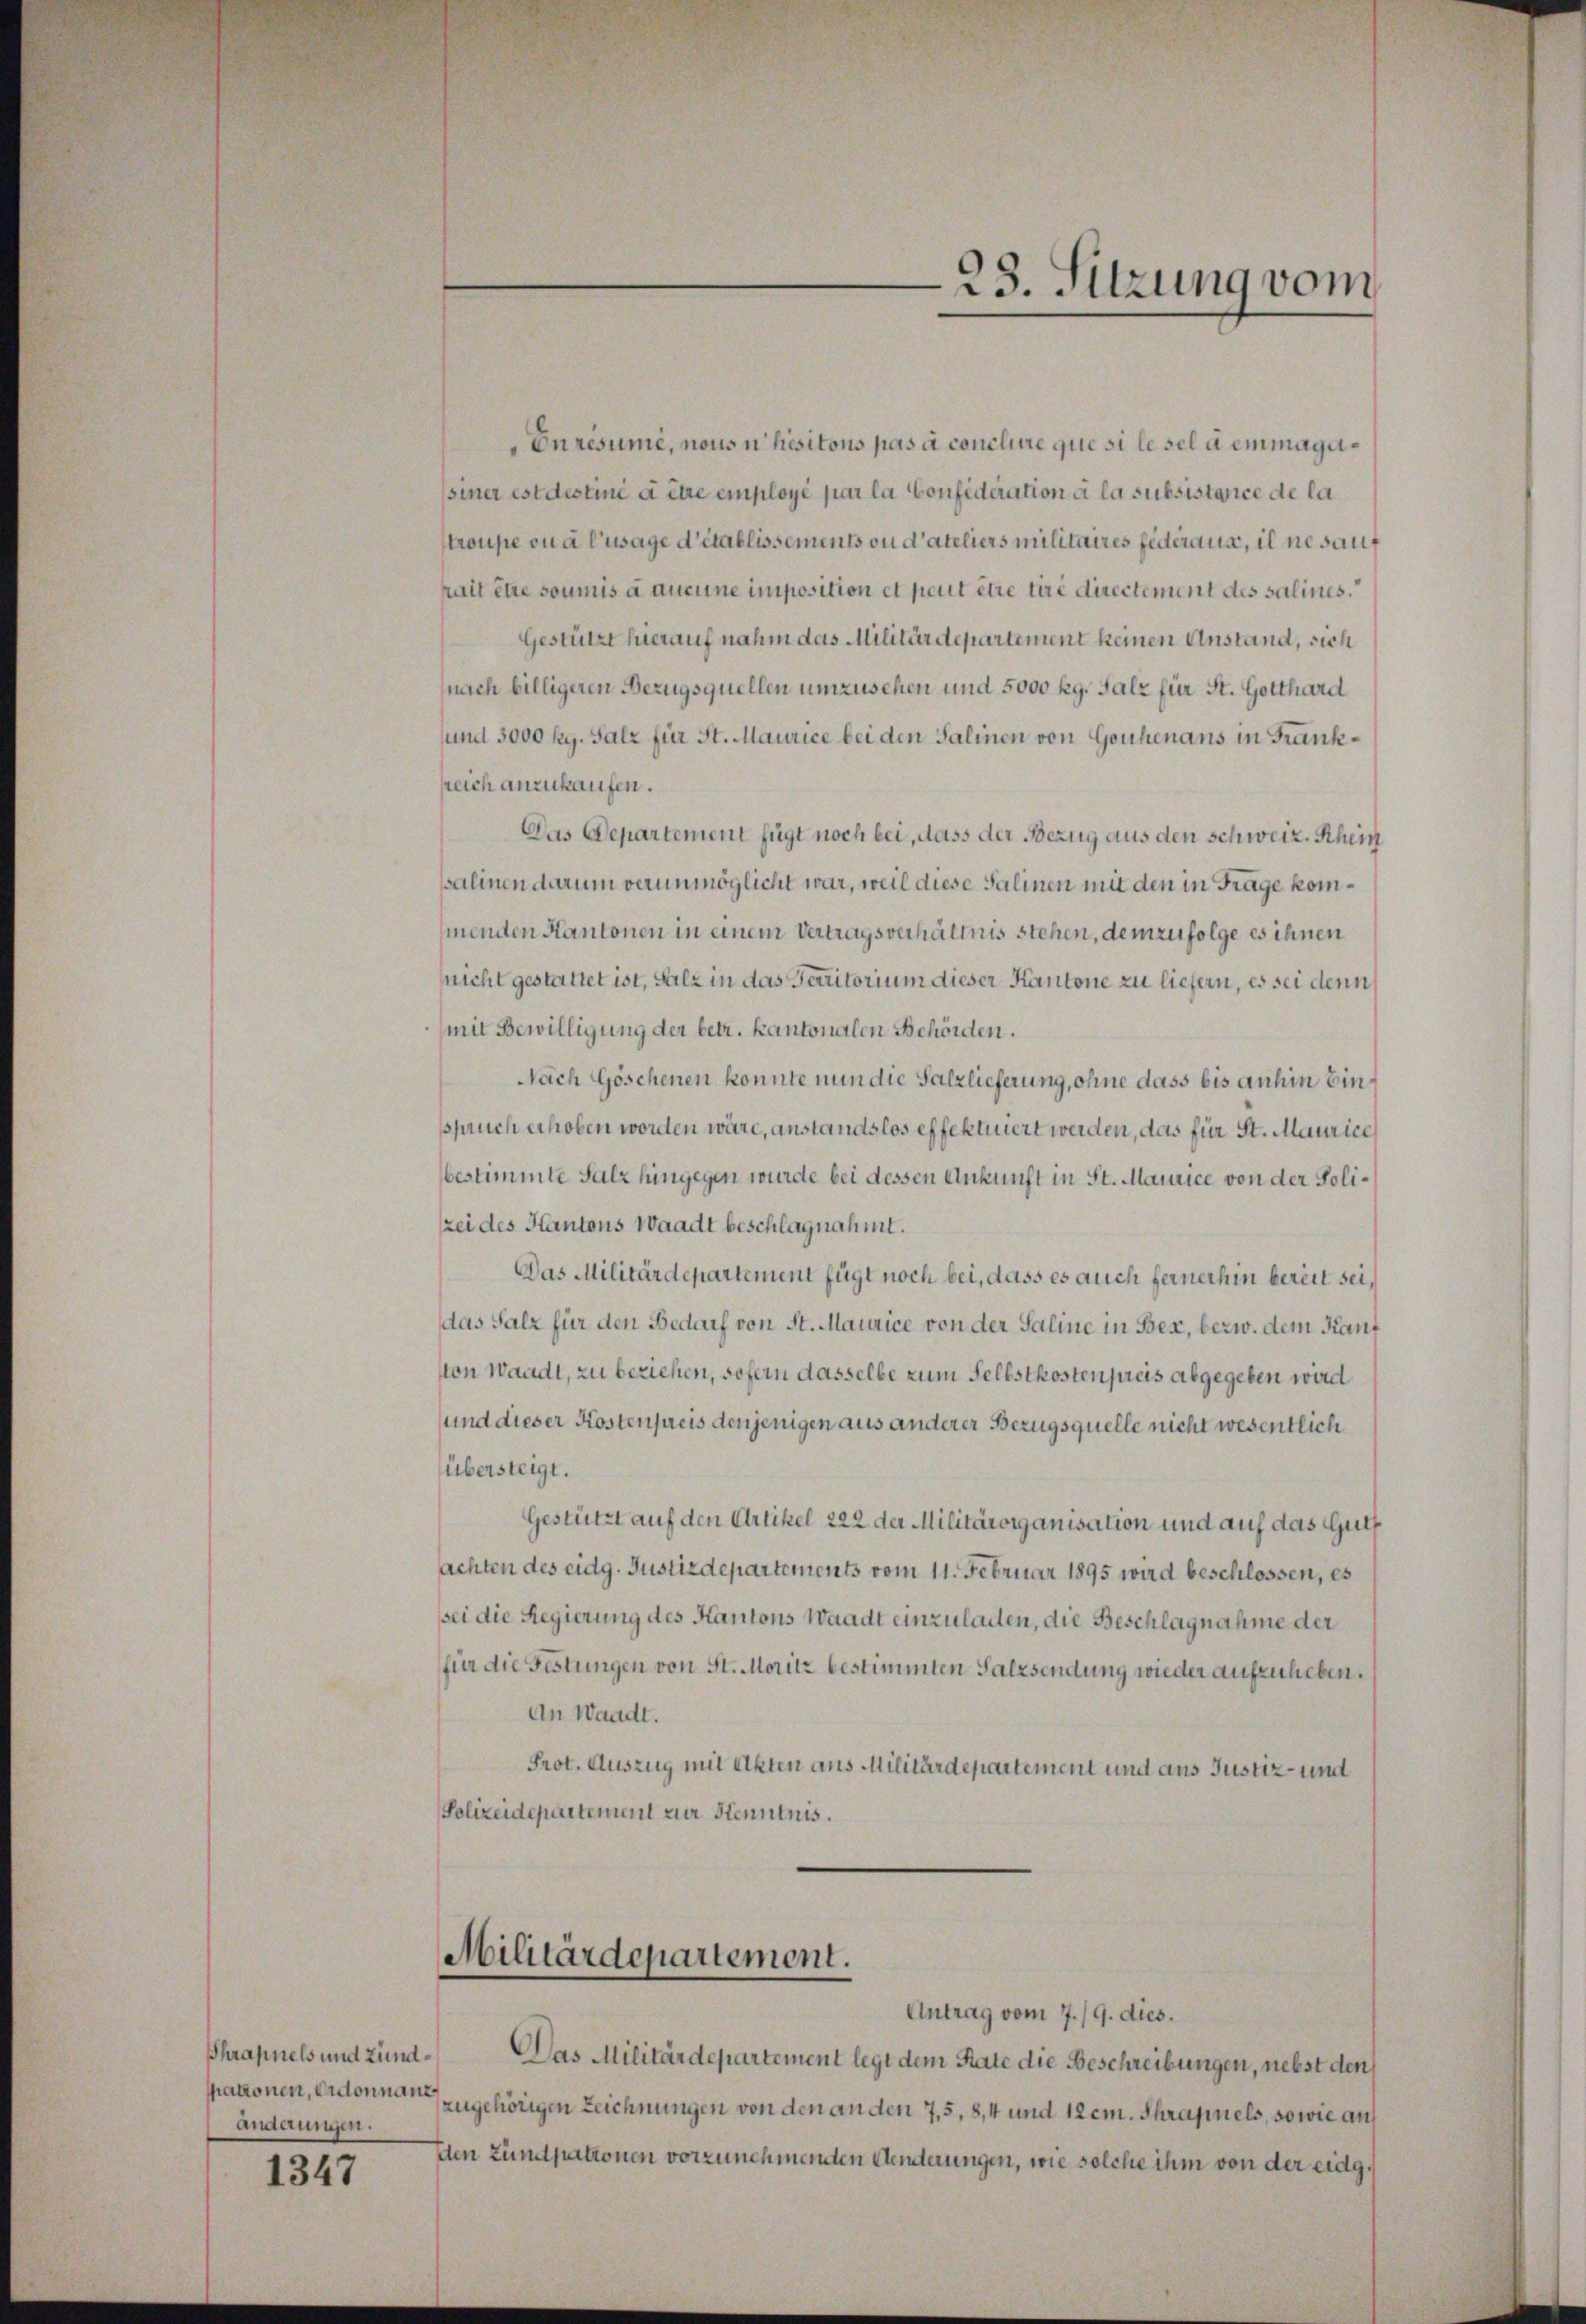
Shrapnels und zundänderungen.

1347

Enrésumé, nous n’hisitons pas à conclure que si lesel a emmagi¬
(siner est destiné à être employé par la Confideration à la subsistanice de la
troupe ou à l’usage d’établissements ou d’ateliers militaires federaus, il ne sauf
rait être soumis à aucune imposition et peut être tire directement des salines
Gestützt hierauf nahm das Militärdepartement keinen Anstand, sich
nach billigeren Bezugsquellen umzusehen und 5000 Rg. Salz für St. Gotthard
und 3000 Rg. Salz für St. Maurice bei den Salinen von Gouhenans in Frankrreich anzukaufen.
Das Departement fügt noch bei, dass der Bezug aus den schweiz. Rhein
palinen darum verunmöglicht war, weil diese Salinen mit den in Frage kommenden Kantonen in einem Vertragsverhältnis stehen, demzufolge es ihnen
nicht gestattet ist, salz in das Territorium dieser Kantone zu liefern, es sei denn
(mit Bewilligung der betr. kantonalen Behörden.
Nach Göschenen konnte nun die Salzlieferung, ohne dass bis anhin binsspruch erhoben worden wäre, anstandslos effektuiert werden, das für St. Maurice
bestimmte Salz hingegen wurde bei dessen Ankunft in St. Maurice von der Polizei des Kantons Waadt beschlagnahmt.
Das Militärdepartement fügt noch bei, dass es auch fernerhin bereit sei,
das Salz für den Bedarf von St. Maurice von der Saline in Bex, bezw. dem Kauf
ston Waadt, zu beziehen, sofern dasselbe zum Selbstkosten preis abgegeben wird
und dieser Kostenpreis denjenigen aus anderer Bezugsquelle nicht wesentlich
übersteigt.
Gestützt auf den Artikel 222 der Militärorganisation und auf das Gutf
achten des eidg. Justizdepartements vom 11. Februar 1895 wird beschlossen, es
sei die Regierung des Kantons Waadt einzuladen, die Beschlagnahme der
für die Festungen von St. Moritz bestimmten Salzsendung wieder aufzuheben.
An Waadt.
Prot. Auszug mit Akten aus Militärdepartement und aus Justiz- und
Polizeidepartement zur Kenntnis.

Militärdepartement.

23. Sitzung vom

Antrag vom 7./9. dies.
Das Militärdepartement legt dem Rate die Beschreibungen, nebst den
patronen, erdonnen zugehörigen Zeichnungen von den an den 7,5, 8,4 und 12em. Schrapnels, sowie auf
Ien Zündpatronen vorzunehmenden Aenderungen, wie solche ihm von der eidg.